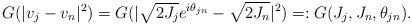
LaTeX: \begin{align*}G(|v_{j}-v_{n}|^2)=G(|\sqrt{2J_{j}} e^{i{\theta_{jn}}} - \sqrt{2J_{n}}|^2)=:G(J_{j},J_n,\theta_{jn}).\end{align*}